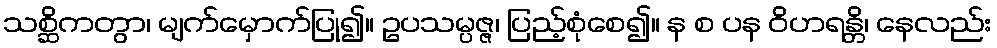
သစ္ဆိကတွာ၊ မျက်မှောက်ပြု၍။ ဥပသမ္ပဇ္ဇ၊ ပြည့်စုံစေ၍။ န စ ပန ဝိဟရန္တိ၊ နေလည်း